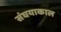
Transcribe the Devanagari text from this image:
संघयाकाल